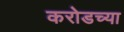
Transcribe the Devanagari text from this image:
करोडच्या